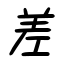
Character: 差